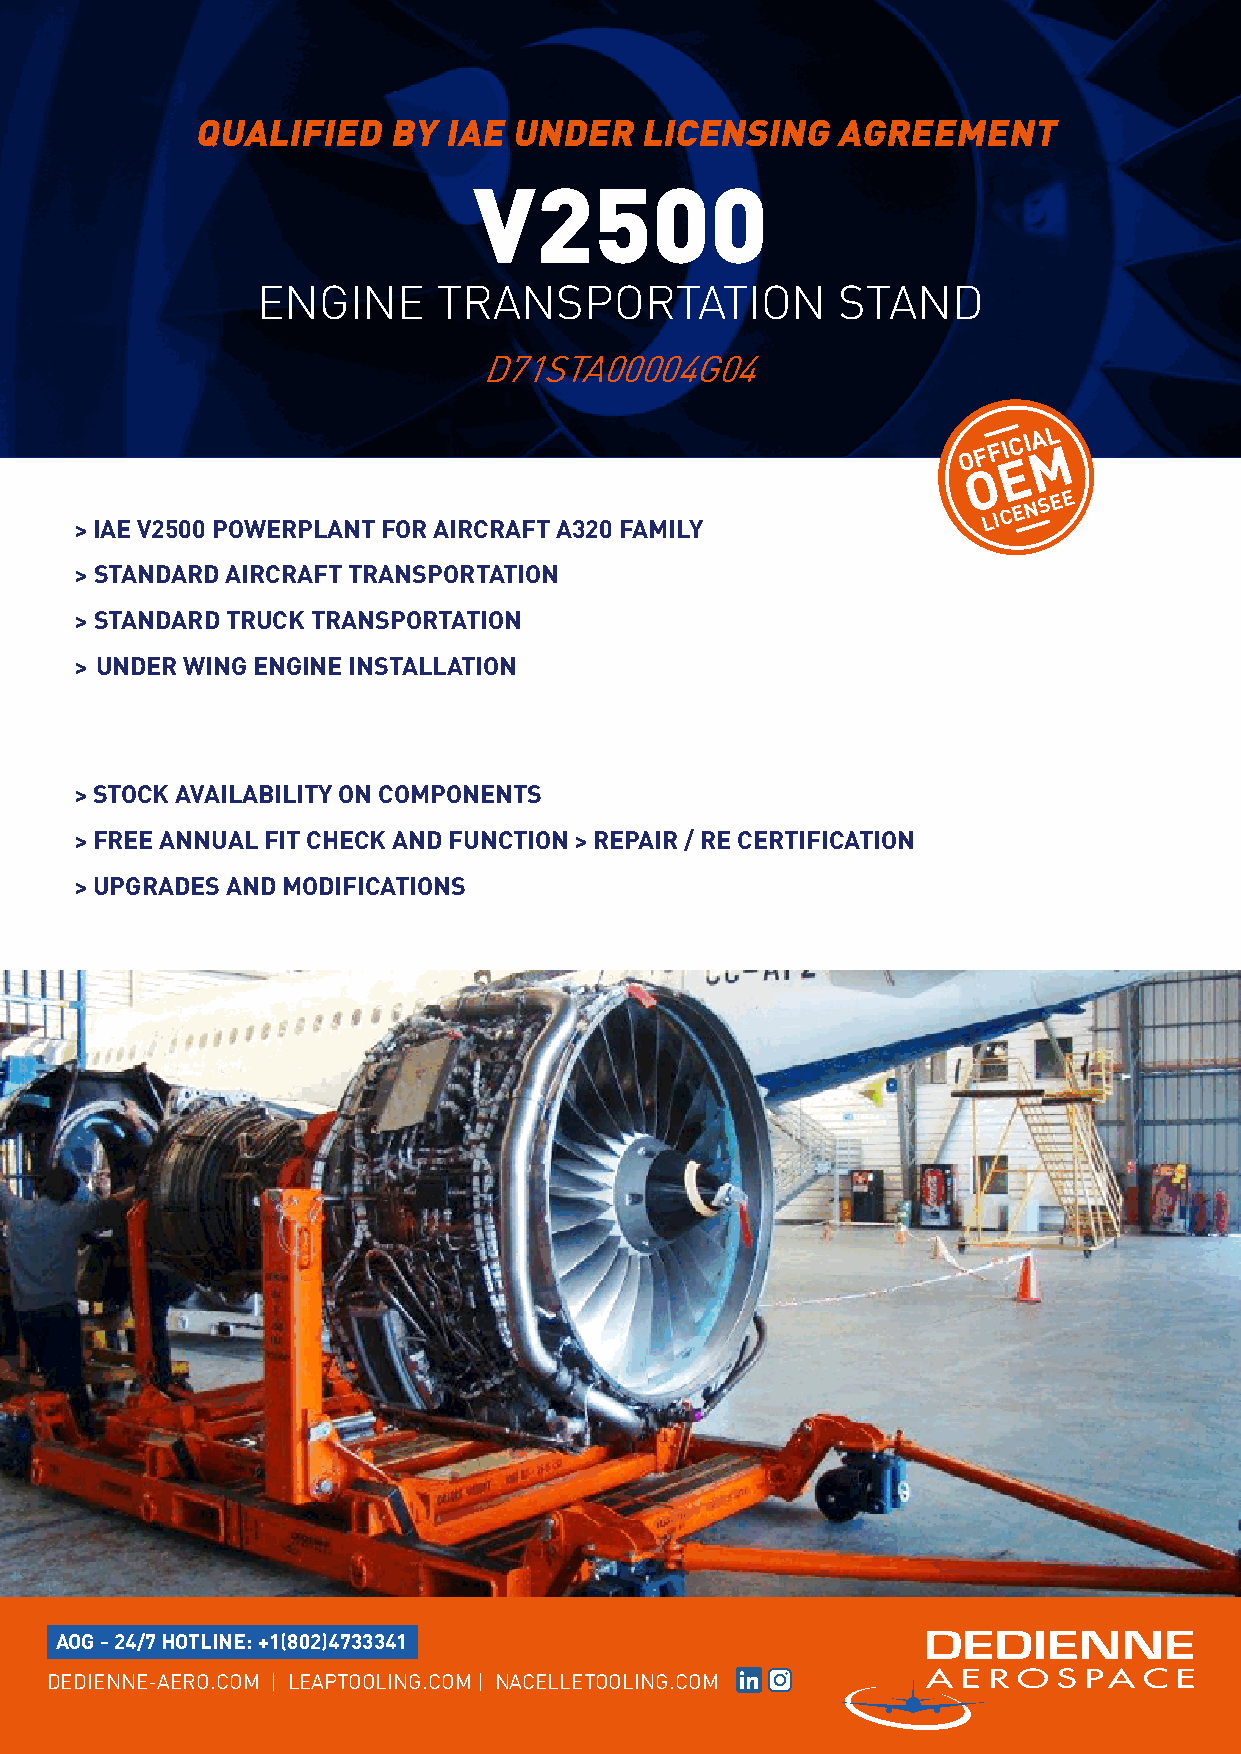
QUALIFIED    BY IAE  UNDER   LICENSING    AGREEMENT
 V2500
 ENGINE      TRANSPORTATION             STAND
 D71STA00004G04
 O F F I EC I A ML
 O
 IAE V2500 POWERPLANT FOR AIRCRAFT A320 FAMILY
 LICENSEE
 >
 STANDARD AIRCRAFT TRANSPORTATION
 >
 STANDARD TRUCK TRANSPORTATION
 >
 >
 UNDER WING ENGINE INSTALLATION
 STOCK AVAILABILITY ON COMPONENTS
 >
 FREE ANNUAL FIT CHECK AND FUNCTION REPAIR / RE CERTIFICATION
 >                                >
 UPGRADES AND MODIFICATIONS
 >
 AOG - 24/7 HOTLINE: +1(802)4733341
 DEDIENNE-AERO.COM | LEAPTOOLING.COM | NACELLETOOLING.COM